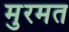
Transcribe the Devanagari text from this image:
मुरमत